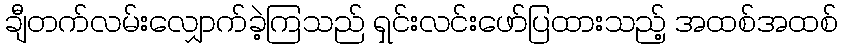
ချီတက်လမ်းလျှောက်ခဲ့ကြသည် ရှင်းလင်းဖော်ပြထားသည့် အထစ်အထစ်